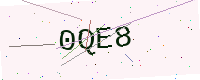
Text: 0QE8